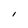
Character: l